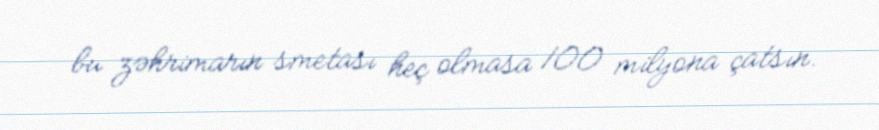
bu zəhrimarın smetası heç olmasa 100 milyona çatsın.